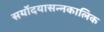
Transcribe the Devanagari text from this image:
सर्योदयासन्नकालिक